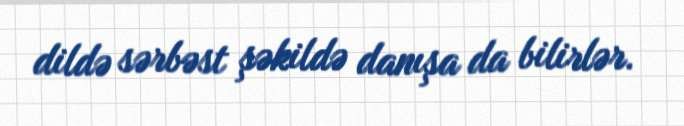
dildə sərbəst şəkildə danışa da bilirlər.